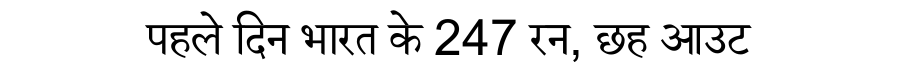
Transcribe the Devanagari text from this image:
पहले दिन भारत के 247 रन, छह आउट